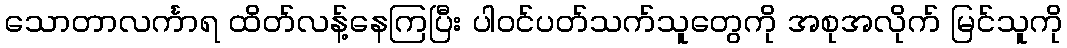
သောတာလင်္ကာရ ထိတ်လန့်နေကြပြီး ပါဝင်ပတ်သက်သူတွေကို အစုအလိုက် မြင်သူကို